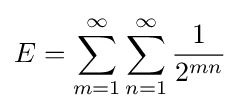
E=\sum _{m=1}^{\infty }\sum _{n=1}^{\infty }{\frac {1}{2^{mn}}}